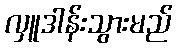
လှူဒါန်းသွားမည်